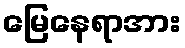
မြေနေရာအား